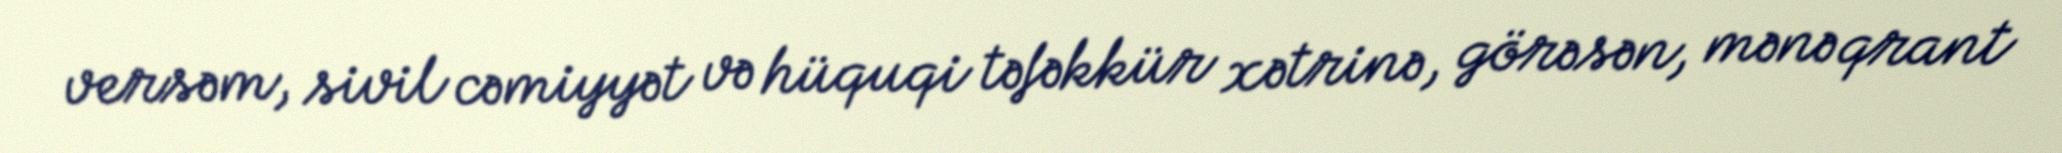
versəm, sivil cəmiyyət və hüquqi təfəkkür xətrinə, görəsən, mənə qrant